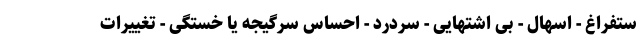
ستفراغ - اسهال - بی اشتهایی - سردرد - احساس سرگیجه یا خستگی - تغییرات